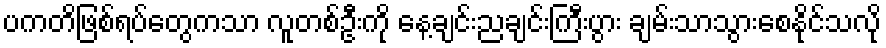
ပကတိဖြစ်ရပ်တွေကသာ လူတစ်ဦးကို နေ့ချင်းညချင်းကြီးပွား ချမ်းသာသွားစေနိုင်သလို